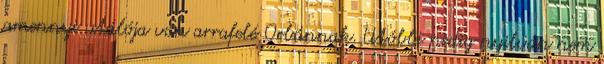
amennyi utálója van arrafelé Orbánnak. Utóbbi pedig nyilván nem